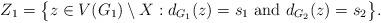
LaTeX: \begin{align*}Z_{1} = \big\{ z \in V(G_{1}) \setminus X : d_{G_{1}}(z) = s_{1} \textup{ and } d_{G_{2}}(z) = s_{2} \big\}. \end{align*}